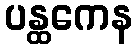
ပန္ထကေန